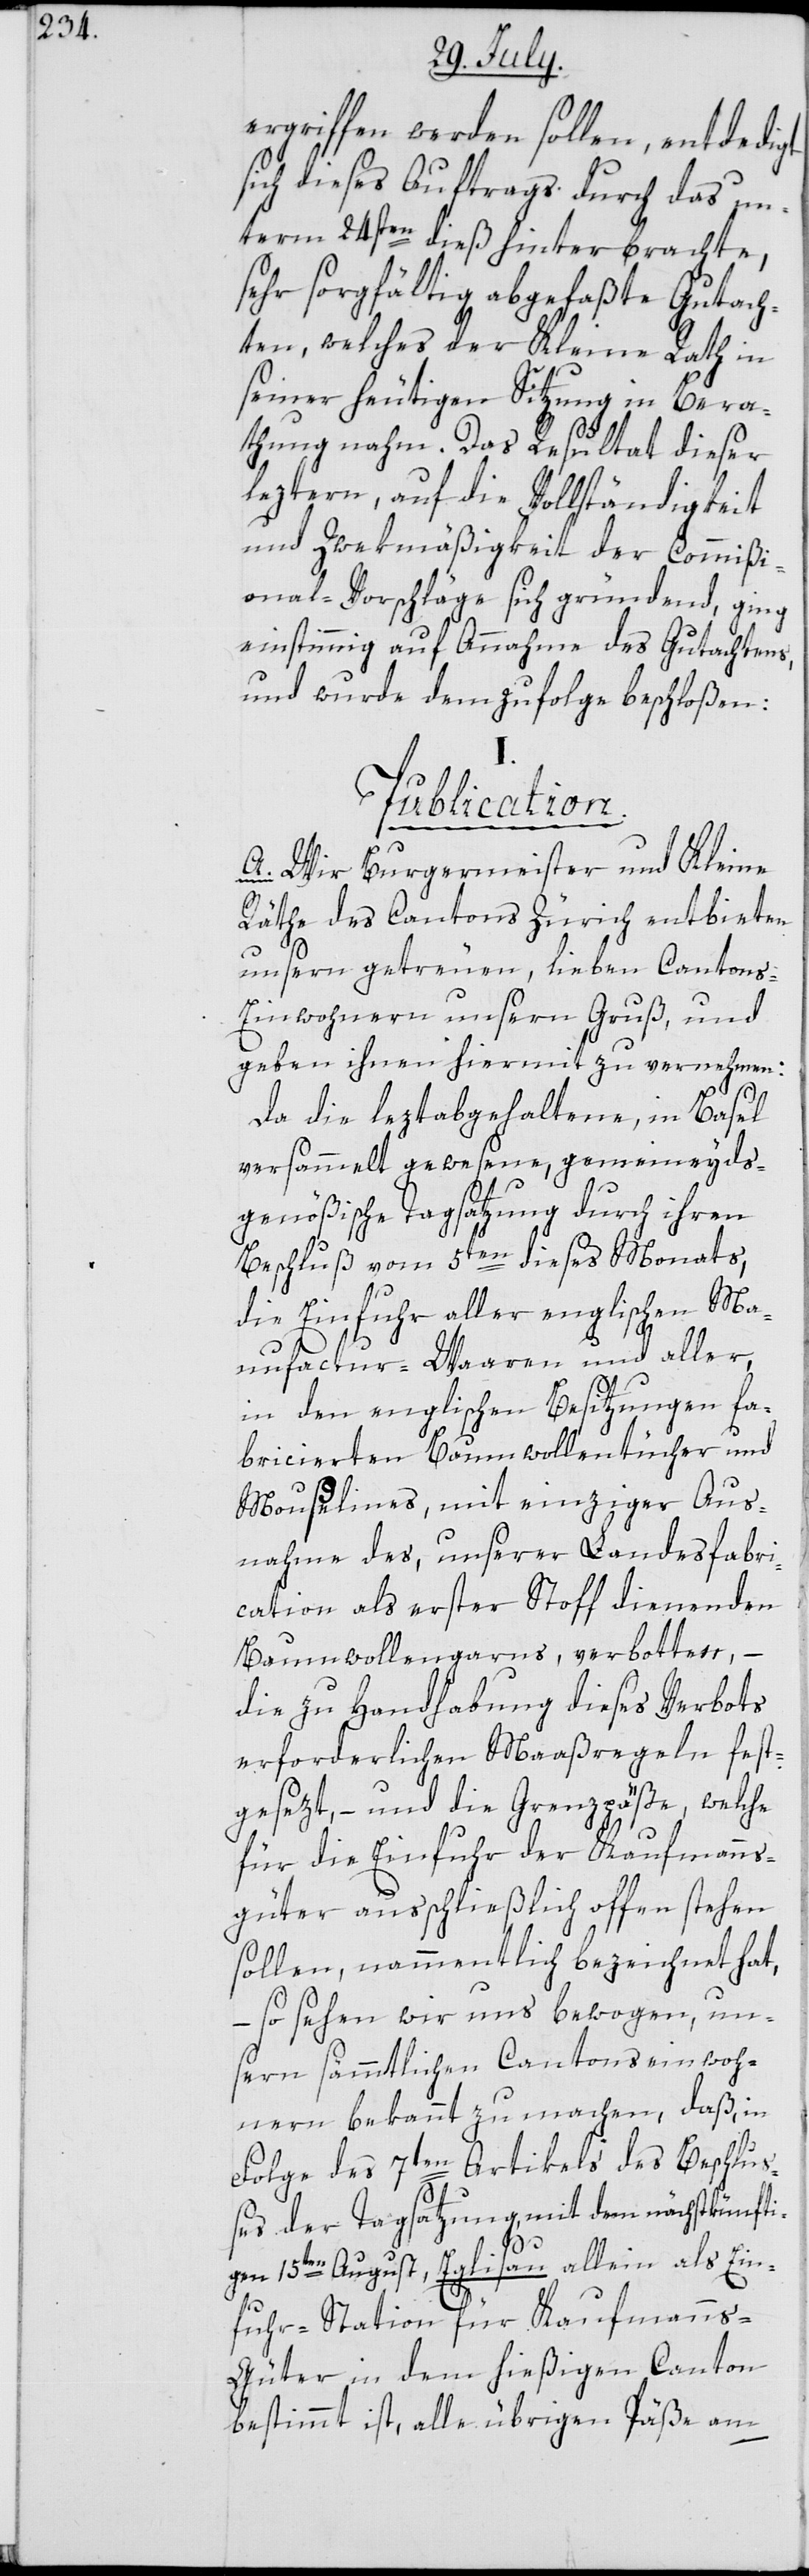
ergriffen werden sollen, entledigt
sich dieses Auftrags durch das un¬
term 24sten dieß hinterbrachte,
sehr sorgfältig abgefaßte Gutach¬
ten, welches der Kleine Rath in
seiner heutigen Sitzung in Bera¬
thung nahm. Das Resultat dieser
leztern, auf die Vollständigkeit
und Zwekmäßigkeit der Commißi¬
onal-Vorschläge sich gründend, ging
einstimmig auf Annahme des Gutachtens,
und wurde demzufolge beschloßen:
Publication.
A. Wir Burgermeister und Kleine
Räthe des Cantons Zürich entbieten
unsern getreuen lieben Cantons-E¬
inwohnern unsern Gruß, und
geben ihnen hiermit zu vernehmen:
Da die leztabgehaltene, in Basel
versammelt gewesene, gemeineyds¬
genößische Tagsatzung durch ihren
Beschluß vom 5ten dieses Monats,
die Einfuhr aller englischen Ma¬
nufactur-Waaren und aller,
in den englischen Besitzungen fa¬
bricierten Baumwollentücher und
Moußelines, mit einziger Aus¬
nahme des, unserer Landesfabri¬
cation als erster Stoff dienenden
Baumwollengarns, verbotten, –
die zu Handhabung dieses Verbots
erforderlichen Maaßregeln fest¬
gesezt, – und die Grenzpäße, welche
für die Einfuhr der Kaufmanns¬
güter ausschließlich offen stehen
sollen, nammentlich bezeichnet hat,
so sehen wir uns bewogen, un¬
sern sämmtlichen Cantonseinwoh¬
nern bekannt zu machen, daß, in
Folge des 7ten Artikels des Beschlu¬
ßes der Tagsatzung, mit dem nächstkünfti¬
gen 15ten August, Eglisau allein als Ein¬
fuhr-Station für Kaufmanns¬
güter in dem hießigen Canton
bestimmt ist, alle übrigen Päße am